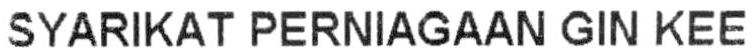
SYARIKAT PERNIAGAAN GIN KEE